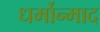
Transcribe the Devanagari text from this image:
धर्मोन्माद